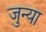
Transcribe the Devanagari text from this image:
जुन्‍या